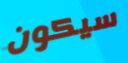
سيكون